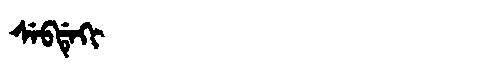
Manchu: ᠰᡝᠪᡩᡝᡴᡳ
Romanization: SEBDEKI